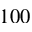
1 0 0